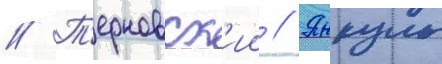
// Т'ерновск'ии // Янкуль